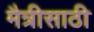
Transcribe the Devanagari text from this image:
मैत्रीसाठी